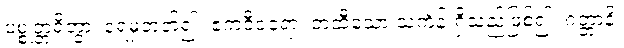
ပစ္စုတ္တရိတွာ၊ ရေမှတတ်၍။ ဧကဝီဝရော၊ တထီသော သင်္ကန်းရှိသည်ဖြစ်၍။ ဂတ္တာနိ၊